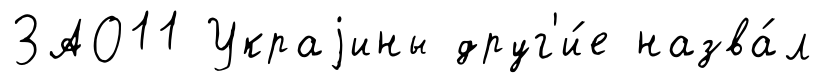
ЗАО11 Украjины друг'и́е назва́л